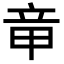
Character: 𥩫